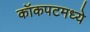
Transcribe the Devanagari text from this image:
कॉकपटमध्ये